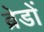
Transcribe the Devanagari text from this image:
ब्रेडों